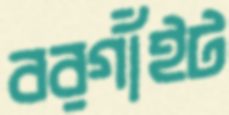
বরগাঁইট